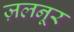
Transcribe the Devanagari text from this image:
ज़लनूर